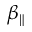
\beta _ { \parallel }